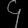
Digit: ၄